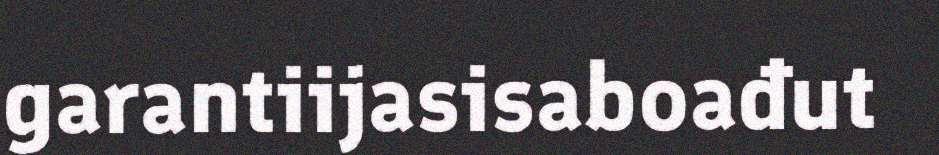
garantiijasisaboađut